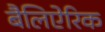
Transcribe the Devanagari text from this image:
बैलिऐरिक